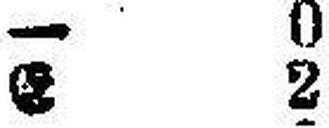
E 2